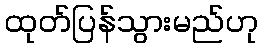
ထုတ်ပြန်သွားမည်ဟု